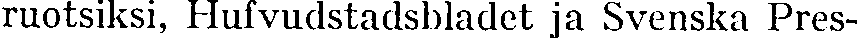
ruotsiksi, Hufvudstadsbladet ja Svenska Pres-